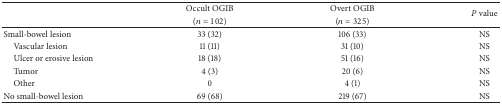
<table><thead><tr><td rowspan="2"></td><td><b>Occult OGIB</b></td><td><b>Overt OGIB</b></td><td rowspan="2"><b><i>P</i> value</b></td></tr><tr><td><b>(<i>n</i> = 102)</b></td><td><b>(<i>n</i> = 325)</b></td></tr></thead><tbody><tr><td>Small-bowel lesion</td><td>33 (32)</td><td>106 (33)</td><td>NS</td></tr><tr><td>Vascular lesion</td><td> 11 (11)</td><td> 31 (10)</td><td>NS</td></tr><tr><td>Ulcer or erosive lesion</td><td> 18 (18)</td><td> 51 (16)</td><td>NS</td></tr><tr><td>Tumor</td><td> 4 (3)</td><td> 20 (6)</td><td>NS</td></tr><tr><td>Other</td><td> 0 </td><td> 4 (1)</td><td>NS</td></tr><tr><td>No small-bowel lesion</td><td>69 (68)</td><td>219 (67)</td><td>NS</td></tr></tbody></table>